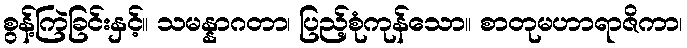
စွန့်ကြဲခြင်းနှင့်။ သမန္နာဂတာ၊ ပြည့်စုံကုန်သော။ စာတုမဟာရာဇိကာ၊